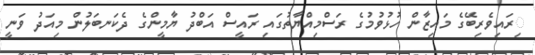
ިރައިވެރިބޭގެ މައިޒާން ހުޅުވުމުގެ ރަސްމިއްޔާތުގައި ރައީސް އަބްދު ޔާމީންގެ ދެކަނބަލުން މިއަދު ވަނީ